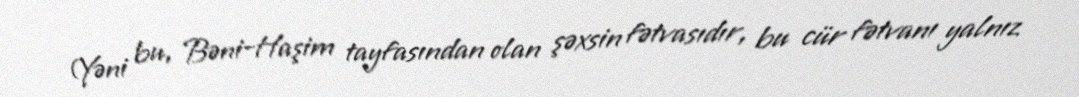
(Yəni bu, Bəni-Haşim tayfasından olan şəxsin fətvasıdır, bu cür fətvanı yalnız